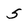
Character: 5